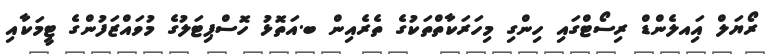
ރޯޔަލް އަިއލެންޑް ރިސޯޓްގައި ހިންގި މިހަރަކާތްތަކުގެ ތެރެއިން ބ.އަތޮޅު ހޮސްޕިޓަލުގެ މުވައްޒަފުންގެ ޓީމަކާއި